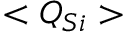
{ < Q _ { S i } > }